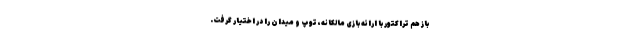
باز هم تراکتور با ارائه بازی مالکانه، توپ و میدان را در اختیار گرفت.